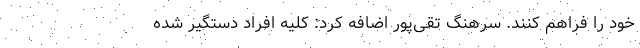
خود را فراهم کنند. سرهنگ تقی‌پور اضافه کرد: کلیه افراد دستگیر شده